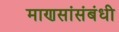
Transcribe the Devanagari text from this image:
माणसांसंबंधी